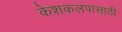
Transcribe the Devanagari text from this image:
केशकलपासाठी